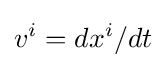
v^{i}=dx^{i}/dt